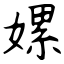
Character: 嫘